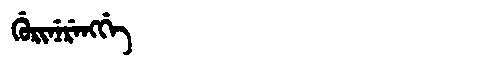
Manchu: ᡤᡠᡵᡳᠨᡝᡵᡝᠩᡤᡝ
Romanization: GURINERENGGE